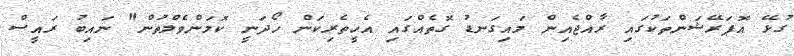
ގުޅޭ އޮޕަރޭޝަންތަކުގައި ރާއްޖެއިން މައިގަނޑު ގޮތެއްގައި އެހީތެރިކަން ހޯދަނީ ކޮމަންވެލްތުން" ނައިބު ރައީސް